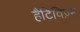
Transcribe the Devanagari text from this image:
हैटिविज़्म